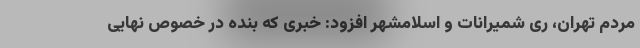
مردم تهران، ‌ری شمیرانات و اسلامشهر افزود: خبری که بنده در خصوص نهایی